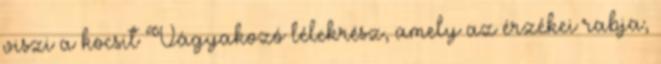
viszi a kocsit Vágyakozó lélekrész, amely az érzékei rabja,